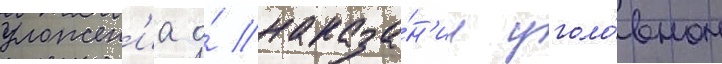
уложен'иа о́ наказа́н'ии уголо́вном